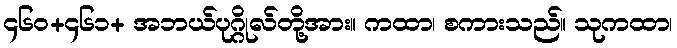
၄၆၀+၄၆၁+ အဘယ်ပုဂ္ဂိုလ်တို့အား။ ကထာ၊ စကားသည်။ သုကထာ၊